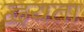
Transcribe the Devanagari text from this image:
द्वयता